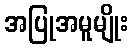
အပြုအမူမျိုး